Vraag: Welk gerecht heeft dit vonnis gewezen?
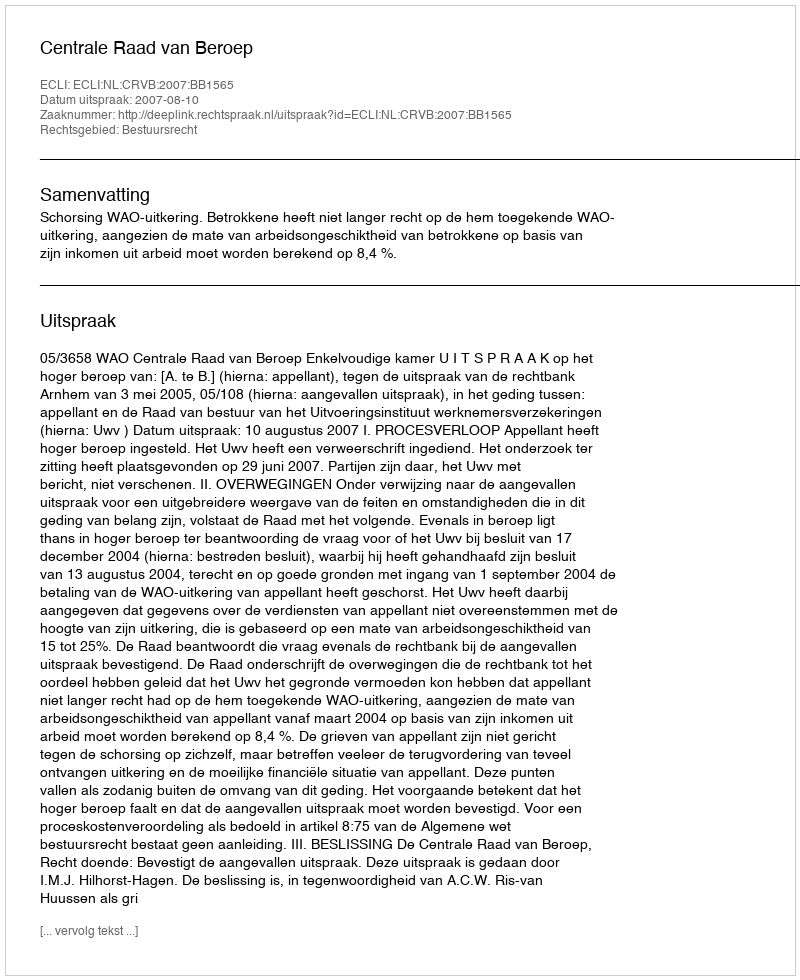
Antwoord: Centrale Raad van Beroep